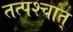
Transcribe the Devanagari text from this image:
तत्‍पश्‍चात्